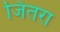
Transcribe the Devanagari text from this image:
जितरा